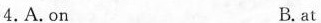
4.A.on B.at